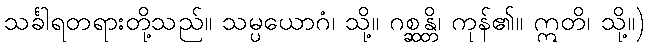
သင်္ခါရတရားတို့သည်။ သမ္ပယောဂံ၊ သို့။ ဂစ္ဆန္တိ၊ ကုန်၏။ ဣတိ၊ သို့။)